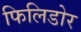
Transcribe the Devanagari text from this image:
फिलिडोर